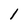
Character: 1